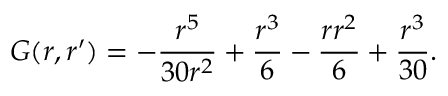
G ( r , r ^ { \prime } ) = - \frac { r ^ { 5 } } { 3 0 r ^ { 2 } } + \frac { r ^ { 3 } } { 6 } - \frac { r r ^ { 2 } } { 6 } + \frac { r ^ { 3 } } { 3 0 } .